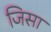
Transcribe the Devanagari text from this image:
जिसा